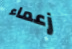
زعماء